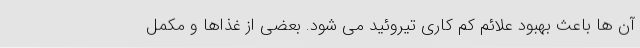
آن ها باعث بهبود علائم کم کاری تیروئید می شود. بعضی از غذاها و مکمل